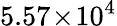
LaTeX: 5.57\! \times\! 10^{4}